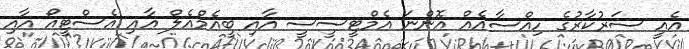
އެއީ ސަރުކާރުގެ ހިއްސާއެއް އޮންނަ އެމްޓީސީސީ އާއި ބީއެމްއެލް އާއި އެސްޓީއޯ އާއި